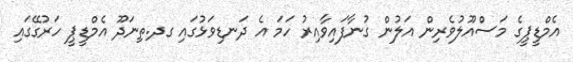
އެމްޑީޕީގެ މަސްއޫލުވެރިން އަލުން ގުނާފައިވާއިރު ހަމަ އެ ދަނޑިވަޅުގައި ގދ.ތިނަދޫ އެމްޑީޕީ ހަރުގޭގައި